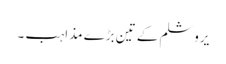
یروشلم کے تین بڑے مذاہب ۔